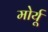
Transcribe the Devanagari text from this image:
मोर्यू